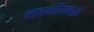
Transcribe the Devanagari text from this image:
नवजीवनाचे